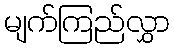
မျက်ကြည်လွှာ